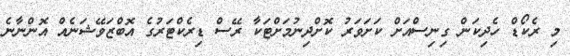
މި ރެކޯޑް ހެދިކަން ގިނިސްއަށް ކަށަވަރު ކޮށްދިނުމަށްޓަކާ ރޭސް ޑިރެކްޓަރުގެ އޮބްޒަވޭޝަނެއް އޮންނާނެ